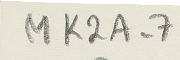
MK2A-7